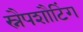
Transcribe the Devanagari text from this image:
स्नैपशौटिंग